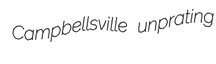
Campbellsville unprating